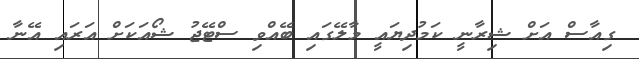
ގިއާސް އަށް ޝިރާނީ ކަމުދިޔައީ މާލޭގައި ބޭއްވި ސްޓޭޖު ޝޯއަކަށް އަރައި އޭނާ